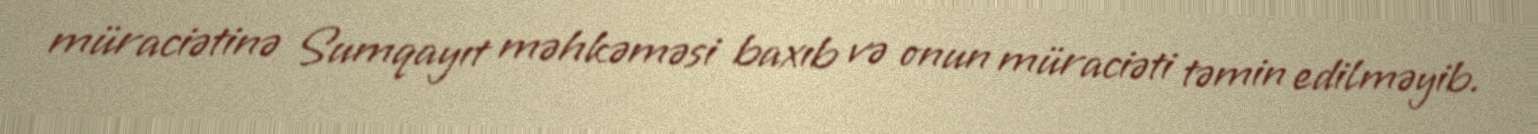
müraciətinə Sumqayıt məhkəməsi baxıb və onun müraciəti təmin edilməyib.